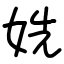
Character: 姺